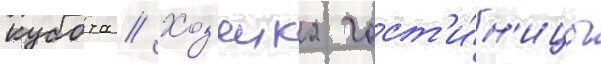
кубота // Хоз'яика гост'и́н'ицы